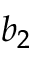
b _ { 2 }